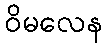
ဝိမလေန